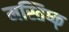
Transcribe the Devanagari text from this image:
मस्तिष्क्